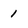
Character: 1